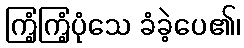
ကြံ့ကြံ့ပုံသေ ခံခဲ့ပေ၏၊